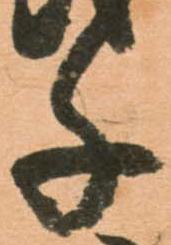
千